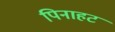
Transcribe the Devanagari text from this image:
पिनाहट